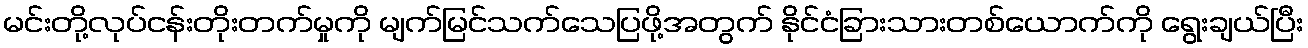
မင်းတို့လုပ်ငန်းတိုးတက်မှုကို မျက်မြင်သက်သေပြဖို့အတွက် နိုင်ငံခြားသားတစ်ယောက်ကို ရွေးချယ်ပြီး